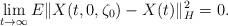
LaTeX: \begin{align*} \lim_{t\rightarrow\infty}E\|X(t,0,\zeta_{0})-X(t)\|_{H}^{2}=0.\end{align*}